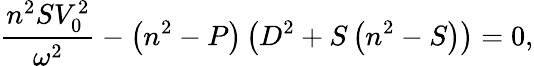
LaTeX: \frac{n^{2}SV_{0}^{2}}{\omega^{2}}-\left(n^{2}-P\right)\left(D^{2}+S\left(n^{2}-S\right)\right)=0,